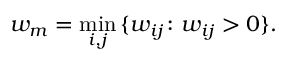
w _ { m } = \operatorname* { m i n } _ { i , j } \, \{ w _ { i j } \colon w _ { i j } > 0 \} .